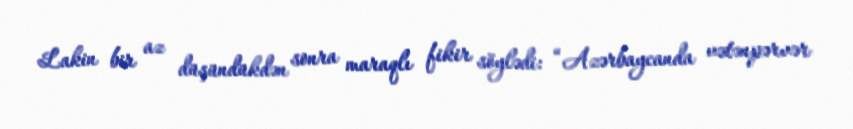
Lakin bir az düşündükdən sonra maraqlı fikir söylədi: “Azərbaycanda vətənpərvər